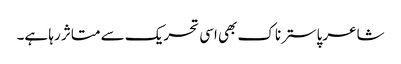
شاعر پاسترناک بھی اسی تحریک سے متاثر رہا ہے۔